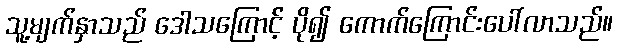
သူ့မျက်နှာသည် ဒေါသကြောင့် ပို၍ ကောက်ကြောင်းပေါ်လာသည်။